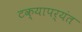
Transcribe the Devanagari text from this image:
टक्यापर्यंत